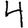
Digit: 4